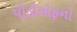
પીડીએફનો